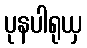
ပုနပါရုယှ